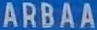
ARBAA